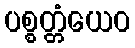
ပစ္စတ္တံယေဝ